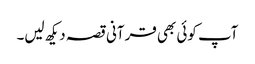
آپ کوئی بھی قرآنی قصہ دیکھ لیں۔